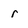
Character: r